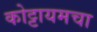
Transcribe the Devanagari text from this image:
कोट्टायमचा